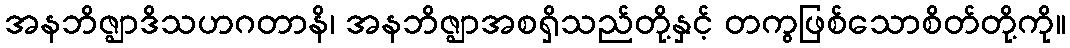
အနဘိဇ္ဈာဒိသဟဂတာနိ၊ အနဘိဇ္ဈာအစရှိသည်တို့နှင့် တကွဖြစ်သောစိတ်တို့ကို။